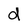
Character: d